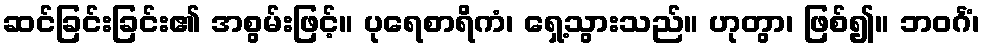
ဆင်ခြင်းခြင်း၏ အစွမ်းဖြင့်။ ပုရေစာရိကံ၊ ရှေ့သွားသည်။ ဟုတွာ၊ ဖြစ်၍။ ဘဝင်္ဂံ၊